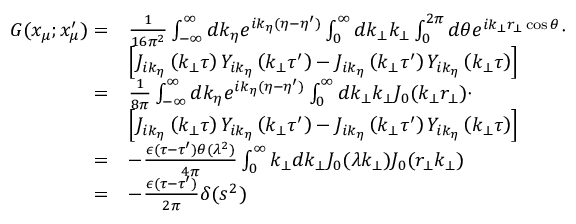
\begin{array} { r l } { G ( x _ { \mu } ; x _ { \mu } ^ { \prime } ) = } & { \frac { 1 } { 1 6 \pi ^ { 2 } } \int _ { - \infty } ^ { \infty } d k _ { \eta } e ^ { i k _ { \eta } ( \eta - \eta ^ { \prime } ) } \int _ { 0 } ^ { \infty } d k _ { \bot } k _ { \bot } \int _ { 0 } ^ { 2 \pi } d \theta e ^ { i k _ { \bot } r _ { \bot } \cos \theta } \cdot } \\ & { \left[ J _ { i k _ { \eta } } \left( k _ { \bot } \tau \right) Y _ { i k _ { \eta } } \left( k _ { \bot } \tau ^ { \prime } \right) - J _ { i k _ { \eta } } \left( k _ { \bot } \tau ^ { \prime } \right) Y _ { i k _ { \eta } } \left( k _ { \bot } \tau \right) \right] } \\ { = } & { \frac { 1 } { 8 \pi } \int _ { - \infty } ^ { \infty } d k _ { \eta } e ^ { i k _ { \eta } ( \eta - \eta ^ { \prime } ) } \int _ { 0 } ^ { \infty } d k _ { \bot } k _ { \bot } J _ { 0 } ( k _ { \bot } r _ { \bot } ) \cdot } \\ & { \left[ J _ { i k _ { \eta } } \left( k _ { \bot } \tau \right) Y _ { i k _ { \eta } } \left( k _ { \bot } \tau ^ { \prime } \right) - J _ { i k _ { \eta } } \left( k _ { \bot } \tau ^ { \prime } \right) Y _ { i k _ { \eta } } \left( k _ { \bot } \tau \right) \right] } \\ { = } & { - \frac { \epsilon ( \tau - \tau ^ { \prime } ) \theta ( \lambda ^ { 2 } ) } { 4 \pi } \int _ { 0 } ^ { \infty } k _ { \bot } d k _ { \bot } J _ { 0 } ( \lambda k _ { \bot } ) J _ { 0 } ( r _ { \bot } k _ { \bot } ) } \\ { = } & { - \frac { \epsilon ( \tau - \tau ^ { \prime } ) } { 2 \pi } \delta ( s ^ { 2 } ) } \end{array}